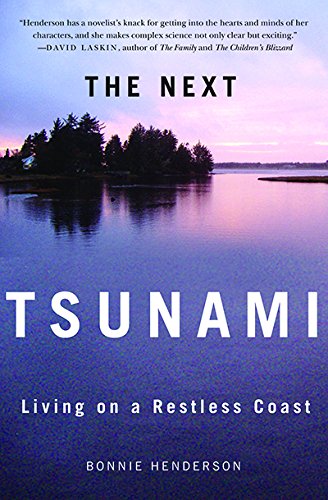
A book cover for The Next Tsunami: Living on a Restless Coast; Bonnie Henderson; Science & Math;